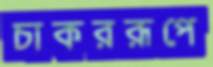
চাকররূপে